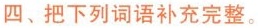
四、把下列词语补充完整。